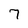
Character: 7